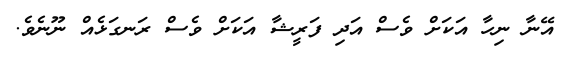
އޭނާ ނިހާ އަކަށް ވެސް އަދި ފަރީޝާ އަކަށް ވެސް ރަނގަޅެއް ނޫނެވެ.